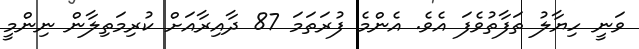
ވަނީ ހިޔާލު ތަފާތުވެފަ އެވެ. އެންމެ ފުރަތަމަ 87 ދާއިރާއަށް ކުރިމަތިލާން ނިންމީ